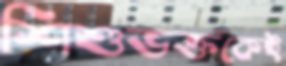
শিশুভক্তকেই